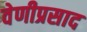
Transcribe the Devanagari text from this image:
वेणीप्रसाद